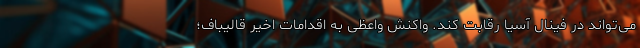
می‌تواند در فینال آسیا رقابت کند. واکنش واعظی به اقدامات اخیر قالیباف؛